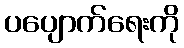
ပပျောက်ရေးကို